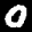
Label: 0